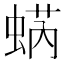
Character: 蜹